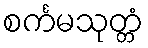
စင်္ကမသုတ္တံ